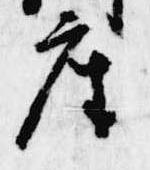
座